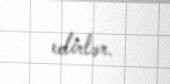
edirlər.